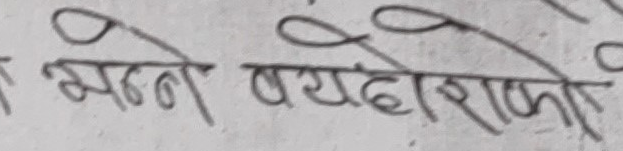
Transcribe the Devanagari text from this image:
मन्ने वयदोराको